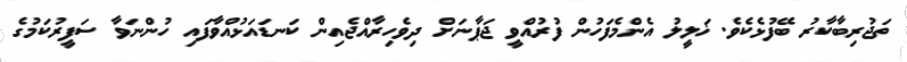
ތަޖުރިބާކާރު ބޭފުޅެކެވެ. ޚަލީލު އެންމެފަހުން ފުރުއްވީ ޖަޕާނަށް ދިވެހިރާއްޖެއިން ކަނޑައަޅުއްވާފައި ހުންނަވާ ސަފީރުކަމުގެ